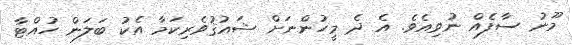
މޫނު ސާފެއް ނުވިއެވެ. އެ ދެ މީހުންނަށް ޝައުޤުވެރިކަމާ އެކު ބަލަން ހުއްޓާ